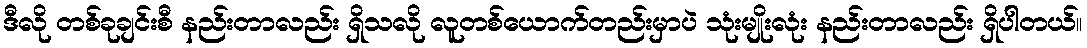
ဒီလို တစ်ခုချင်းစီ နည်းတာလည်း ရှိသလို လူတစ်ယောက်တည်းမှာပဲ သုံးမျိုးလုံး နည်းတာလည်း ရှိပါတယ်။